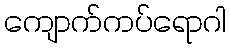
ကျောက်ကပ်ရောဂါ